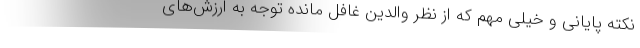
نکته پایانی و خیلی مهم که از نظر والدین غافل مانده توجه به ارزش‌های